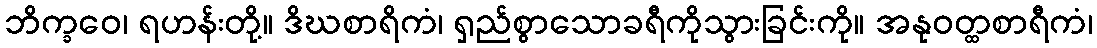
ဘိက္ခဝေ၊ ရဟန်းတို့။ ဒိဃစာရိကံ၊ ရှည်စွာသောခရီကိုသွားခြင်းကို။ အနုဝတ္ထစာရီကံ၊